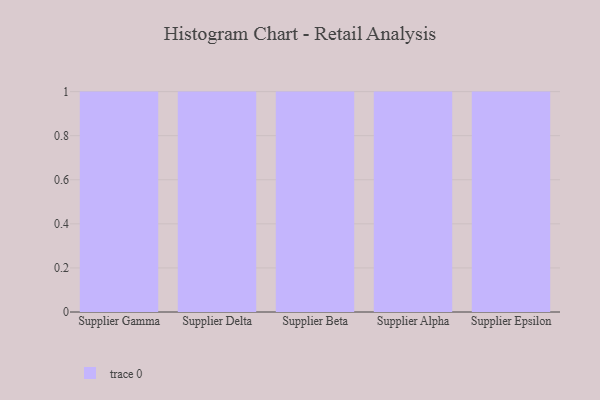
{"axis": {"x": "Supplier", "y": "Demand Index"}, "legend": [""], "data": [{"x": "Supplier Gamma", "y": 75, "type": ""}, {"x": "Supplier Delta", "y": 25, "type": ""}, {"x": "Supplier Beta", "y": 9, "type": ""}, {"x": "Supplier Alpha", "y": 70, "type": ""}, {"x": "Supplier Epsilon", "y": 42, "type": ""}]}